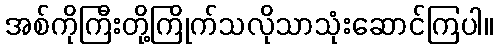
အစ်ကိုကြီးတို့ကြိုက်သလိုသာသုံးဆောင်ကြပါ။